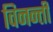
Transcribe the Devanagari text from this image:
विनन्ती